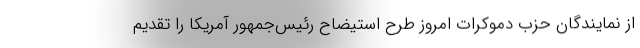
از نمایندگان حزب دموکرات امروز طرح استیضاح رئیس‌جمهور آمریکا را تقدیم